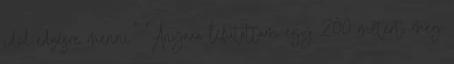
időd edzésre menni." "Anyaaa lefutottam egy 200 métert, meg